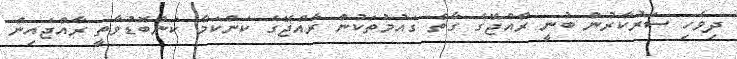
ދިވެހި ސަރުކާރުން ބުނީ ރާއްޖޭގެ ގާތް ގައުމުތަކުން ރާއްޖޭގެ ކަންކަމާ ކަންބޮޑުވާތީ ރާއްޖެއިން